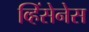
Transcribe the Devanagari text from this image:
व्हिंसेनेस